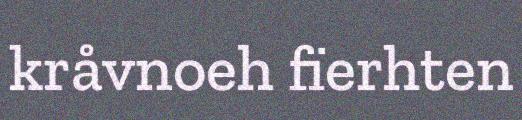
kråvnoeh fïerhten